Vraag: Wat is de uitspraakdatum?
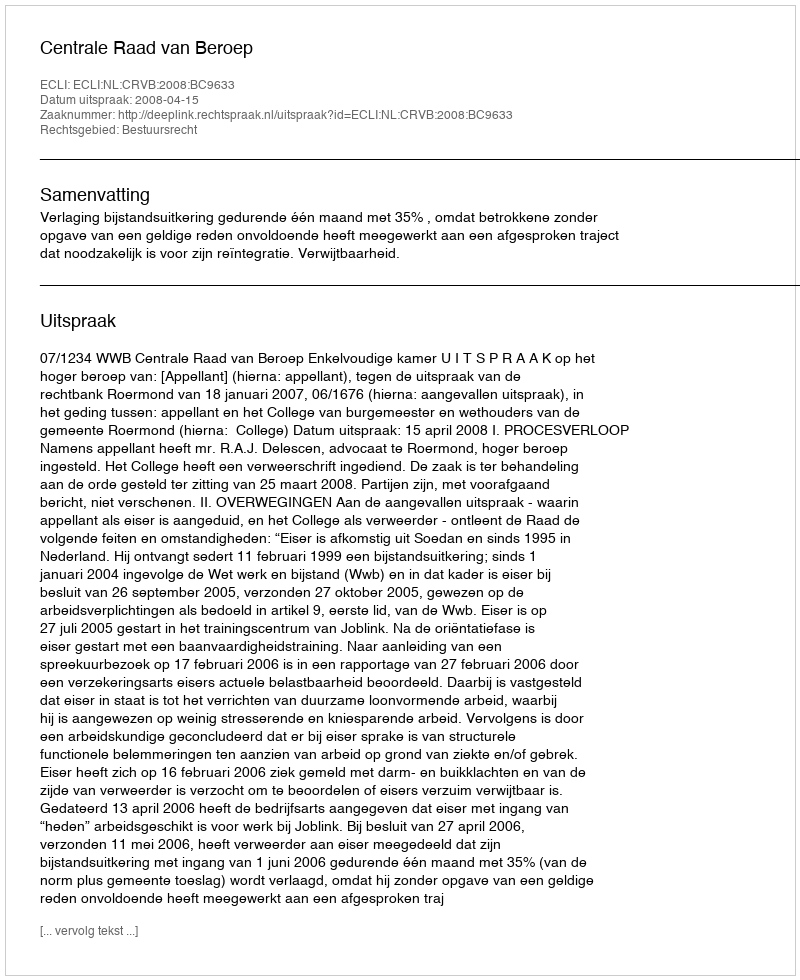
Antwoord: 2008-04-15